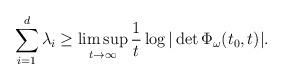
LaTeX: \begin{align*}\sum_{i=1}^d\lambda_i \geq \displaystyle\limsup_{t\to \infty} \frac{1}{t}\log|\det\Phi_{\omega}(t_0,t)|.\end{align*}